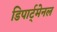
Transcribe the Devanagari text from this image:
डिपार्ट्मेनल